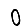
Digit: 0